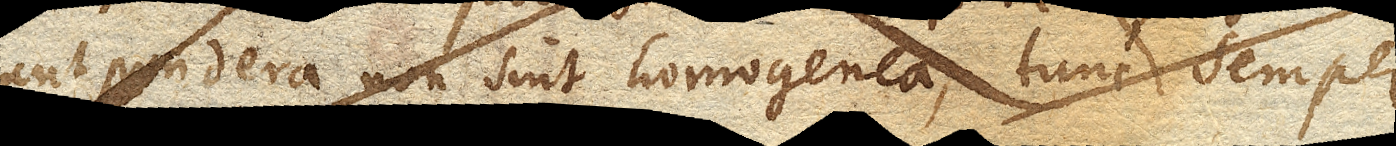
aut pondera non sint homogenea, tunc semper